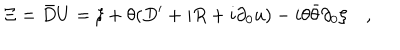
LaTeX: \Xi = \bar { D } U = \xi + \theta ( D ^ { \prime } + i R + i \partial _ { 0 } u ) - i \theta \bar { \theta } \partial _ { 0 } \xi \quad ,